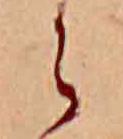
ら